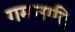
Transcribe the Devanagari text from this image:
गमनादि